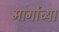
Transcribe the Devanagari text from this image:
मार्गोच्या